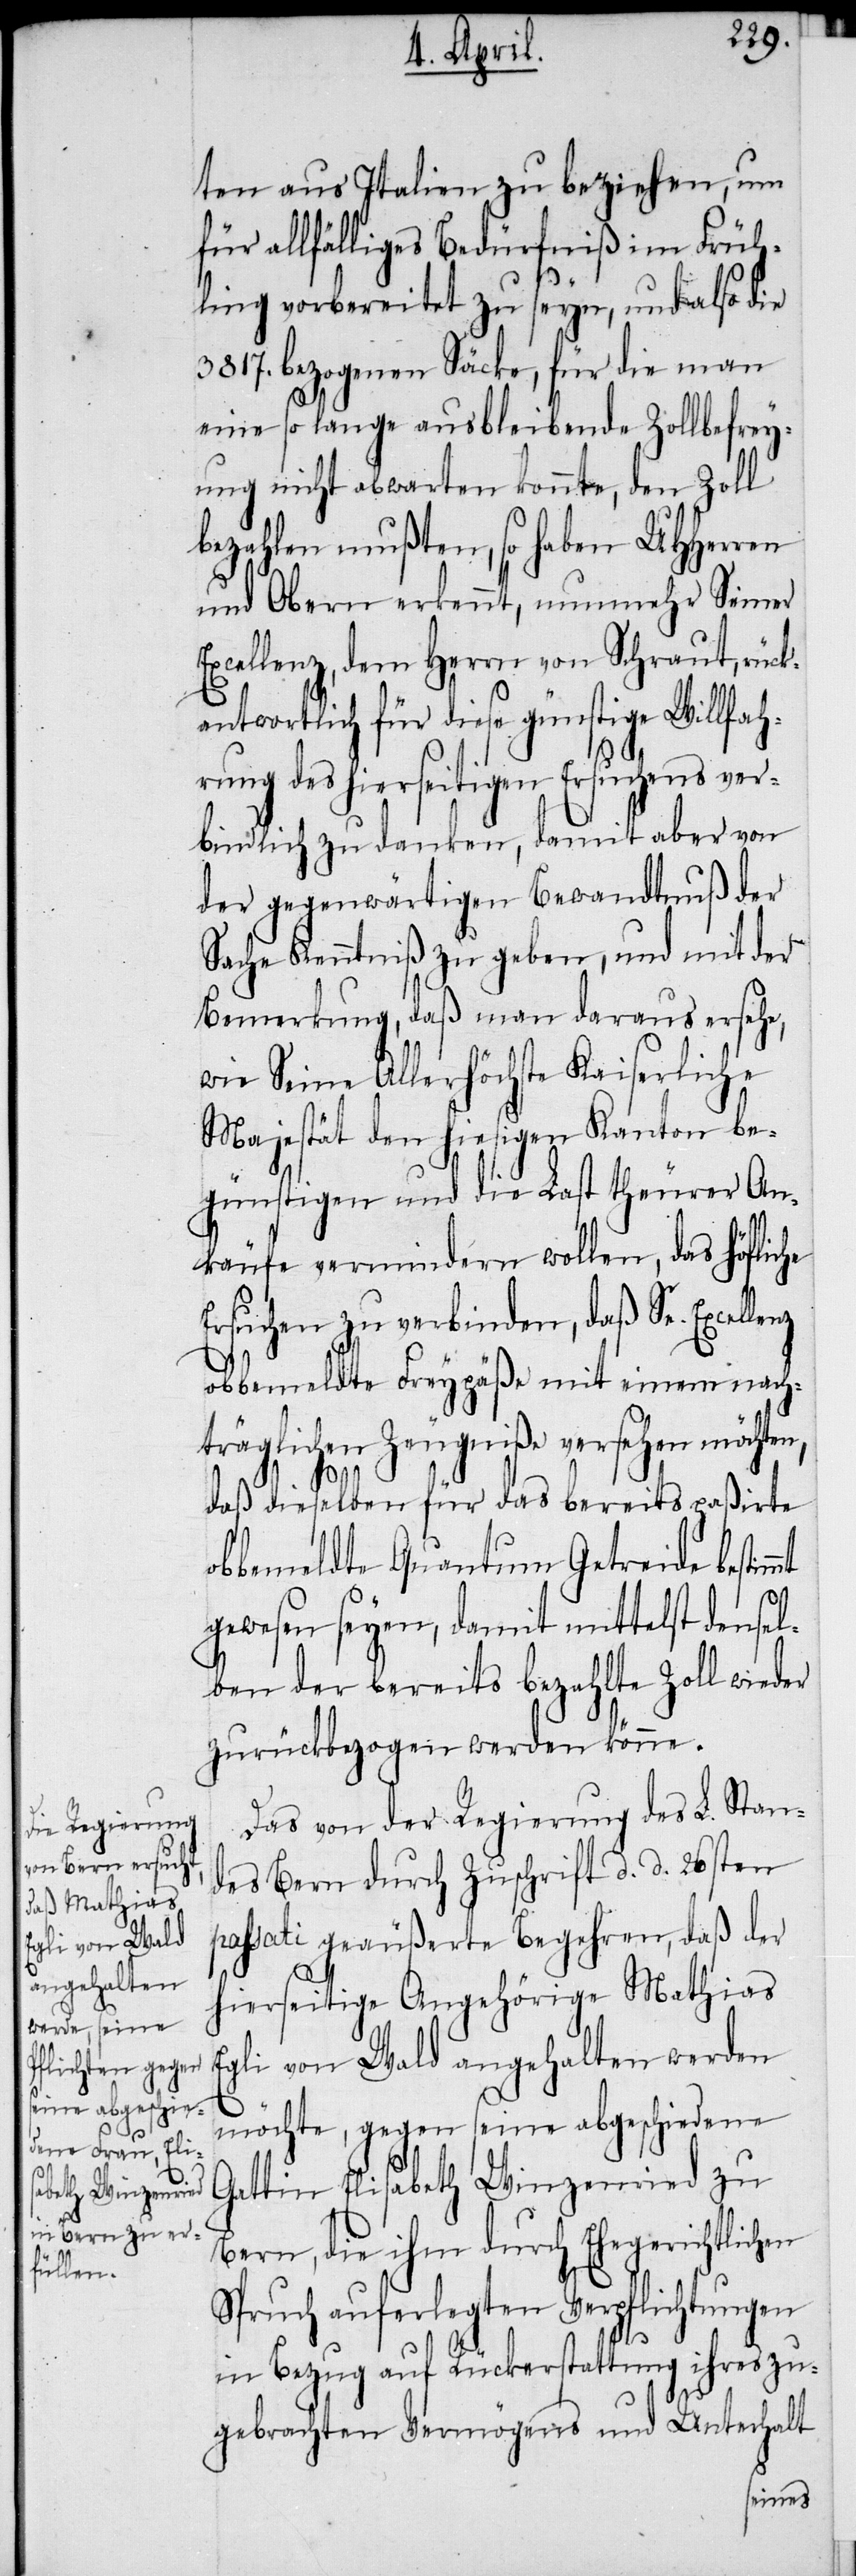
llenz

ten aus Italien zu beziehen, um
für allfälliges Bedürfniß im Früh¬
ling vorbereitet zu seyn, und also die
3817. bezogenen Säcke, für die man
eine so lange ausbleibende Zollbefrey¬
ung nicht abwarten konnte, den Zoll
bezahlen mußten, so haben UHHerren
und Obern erkennt, nunmehr Seiner
Excellenz, dem Herrn von Schraut, rück¬
antwortlich für diese günstige Willfah¬
rung des hierseitigen Ersuchens ver¬
bindlich zu danken, damit aber von
der gegenwärtigen Bewandtnuß der
Sache Kenntniß zu geben, und mit der
Bemerkung, daß man daraus ersehe,
wie Seine Allerhöchste Kaiserliche
Majestät den hiesigen Kanton be¬
günstigen und die Last theurer An¬
käufe vermindern wollen, das höfliche
Ersuchen zu verbinden, daß Se. Exce¬
obbemeldte Freypäße mit einem nach¬
träglichen Zeugniße versehen möchten,
daß dieselben für das bereits paßirte
obbemeldte Quantum Getreide bestim¬
mt
gewesen seyen, damit mittelst densel¬
ben der bereits bezahlte Zoll wieder
zurückbezogen werden könne.
Das von der Regierung des L. Stan¬
des Bern durch Zuschrift d. d. 26sten
passati geäußerte Begehren, daß der
hierseitige Angehörige Mathias
Egli von Wald angehalten werden
möchte, gegen seine abgeschiedene
Gattin Elisabeth Winzenried zu
Bern, die ihm durch Ehegerichtlichen
Spruch auferlegten Verpflichtungen
in Bezug auf Rückerstattung ihres zu¬
gebrachten Vermögens und Unterhalt